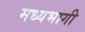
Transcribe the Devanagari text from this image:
मध्‍यभागी